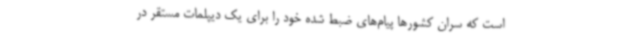
است که سران کشورها پیام‌های ضبط شده خود را برای یک دیپلمات مستقر در